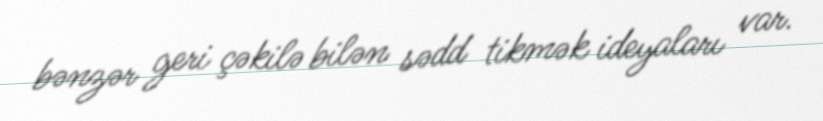
bənzər geri çəkilə bilən sədd tikmək ideyaları var.